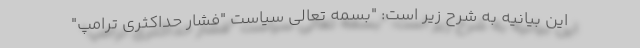
این بیانیه به شرح زیر است: "بسمه تعالی سیاست "فشار حداکثری ترامپ"